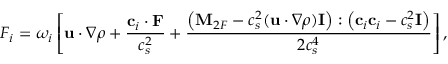
F _ { i } = \omega _ { i } \left[ \mathbf { u } \cdot \nabla \rho + \frac { \mathbf { c } _ { i } \cdot \mathbf { F } } { c _ { s } ^ { 2 } } + \frac { \left( \mathbf { M } _ { 2 F } - c _ { s } ^ { 2 } ( \mathbf { u } \cdot \nabla \rho ) \mathbf { I } \right) : \left( \mathbf { c } _ { i } \mathbf { c } _ { i } - c _ { s } ^ { 2 } \mathbf { I } \right) } { 2 c _ { s } ^ { 4 } } \right] ,